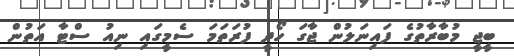
ބީޖީ މުބާރާތުގެ ފައިނަލުން ޖާގަ ހޯދީ ފުރަތަމަ ސެމީގައި ނިއު ސްޓާ އަތުން